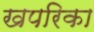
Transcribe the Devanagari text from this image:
खपरिका